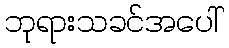
ဘုရားသခင်အပေါ်